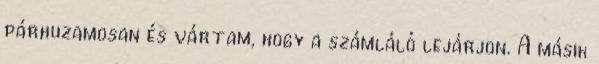
párhuzamosan és vártam, hogy a számláló lejárjon. A másik